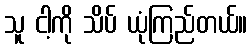
သူ ငါ့ကို သိပ် ယုံကြည်တယ်။